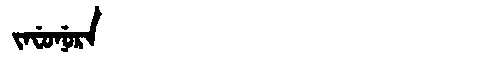
Manchu: ᠵᠠᠸᡠᠨᡠᡵᠠ
Romanization: JAFUNURA